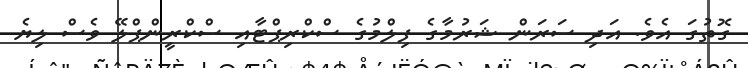
ގޮތުގަ އެވެ. އަދި ސަރަން ޝަރުމާގެ ފިލްމުގެ ސްކްރިޕްޓާއި ސްކްރީންޕްލޭ ވެސް ލިޔެ